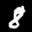
Label: 8